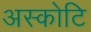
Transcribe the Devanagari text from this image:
अस्कोटि